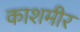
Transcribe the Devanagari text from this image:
काशमीर